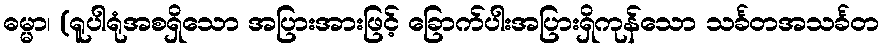
ဓမ္မာ၊ (ရူပါရုံအစရှိသော အပြားအားဖြင့် ခြောက်ပါးအပြားရှိကုန်သော သင်္ခတအသင်္ခတ